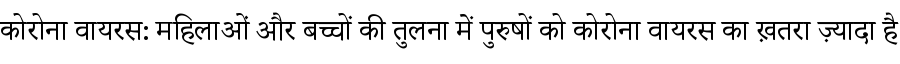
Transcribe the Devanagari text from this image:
कोरोना वायरस: महिलाओं और बच्चों की तुलना में पुरुषों को कोरोना वायरस का ख़तरा ज़्यादा है